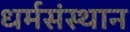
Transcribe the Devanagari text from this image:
धर्मसंस्थान